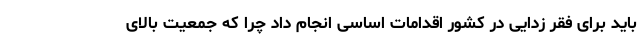
باید برای فقر زدایی در کشور اقدامات اساسی انجام داد چرا که جمعیت بالای